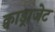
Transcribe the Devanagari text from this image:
क्वाड्राजेट